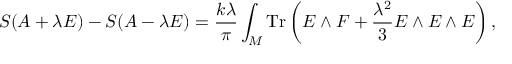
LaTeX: S ( A + \lambda E ) - S ( A - \lambda E ) = { \frac { k \lambda } { \pi } } \int _ { \cal M } \mathrm { T r } \left( E \wedge F + { \frac { \lambda ^ { 2 } } { 3 } } E \wedge E \wedge E \right) ,